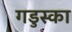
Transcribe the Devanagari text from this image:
गडुस्का